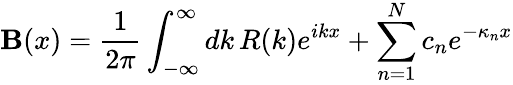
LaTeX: \mathbf{B}(x)={\frac{{1}}{{2\pi}}}\int_{-\infty}^{\infty}dk\, R(k)e^{ikx}+\sum_{n=1}^{N}c_{n}e^{-\kappa_{n}x}